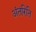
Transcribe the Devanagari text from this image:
अंतरिति